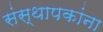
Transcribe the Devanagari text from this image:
संस्थापकांना